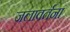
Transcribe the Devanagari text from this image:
जलावर्तना